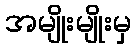
အမျိုးမျိုးမှ